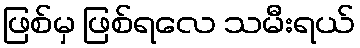
ဖြစ်မှ ဖြစ်ရလေ သမီးရယ်